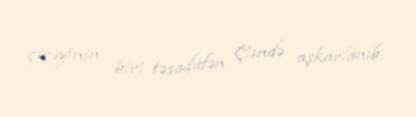
çiçəyinin biri təsadüfən Çində aşkarlanıb.